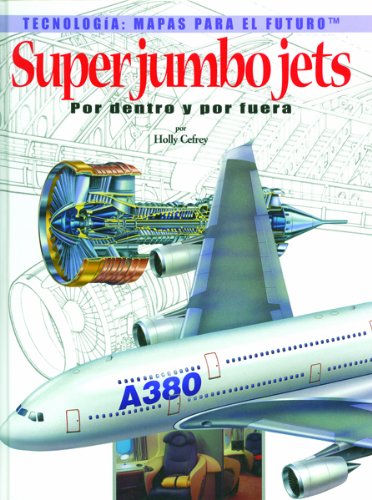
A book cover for Super Jumbo Jets: Por Dentro Y Por Fuera (Tecnologia: Mapas Para El Futuro) (Spanish Edition); Holly Cefrey; Teen & Young Adult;